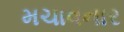
મચાવનાર